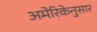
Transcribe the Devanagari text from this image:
अमेरिकेनुसार